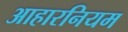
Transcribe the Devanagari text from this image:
आहारनियम